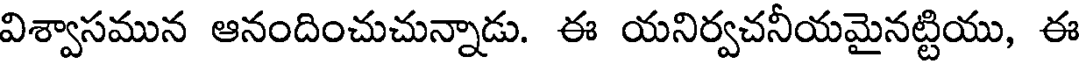
విశ్వాసమున ఆనందించుచున్నాడు. ఈ యనిర్వచనీయమైనట్టియు, ఈ